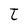
Character: t